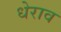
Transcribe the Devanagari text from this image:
धेराव